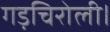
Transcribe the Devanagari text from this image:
गड़चिरोली।